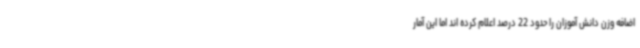
اضافه وزن دانش آموزان را حدود 22 درصد اعلام کرده اند اما این آمار